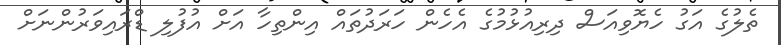
ތެލުގެ އަގު ހެޔޮވިއަސް ދިރިއުޅުމުގެ އެހެން ހަރަދުތައް އިންތިހާ އަށް އުފުލި ޑްރައިވަރުންނަށް